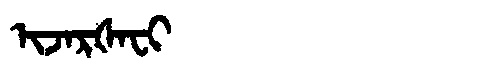
Manchu: ᡳᠵᠠᡵᡧᠠᠸᡳ
Romanization: IJARŠAFI